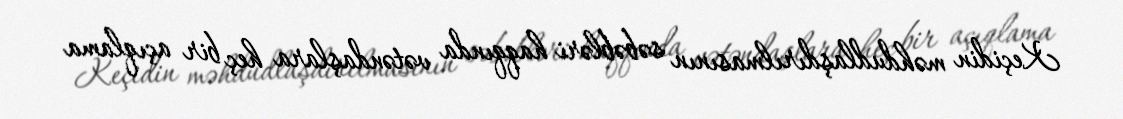
Keçidin məhdudlaşdırılmasının səbəbləri haqqında vətəndaşlara heç bir açıqlama